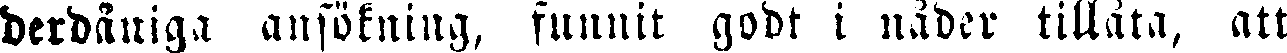
derdåniga ansökning, funnit godt i nåder tillåta, att